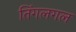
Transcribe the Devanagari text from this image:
तिंगलगल